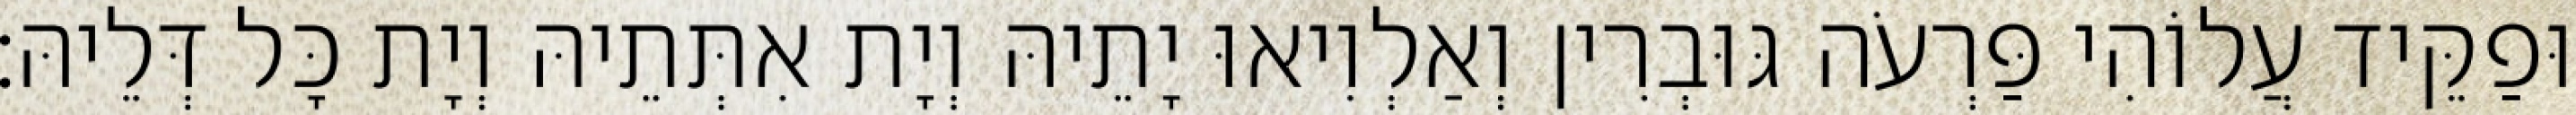
וּפַקֵּיד עֲלוֹהִי פַּרְעֹה גּוּבְרִין וְאַלְוִיאוּ יָתֵיהּ וְיָת אִתְּתֵיהּ וְיָת כָּל דְּלֵיהּ׃